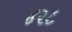
૪૨૮